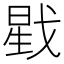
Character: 戥